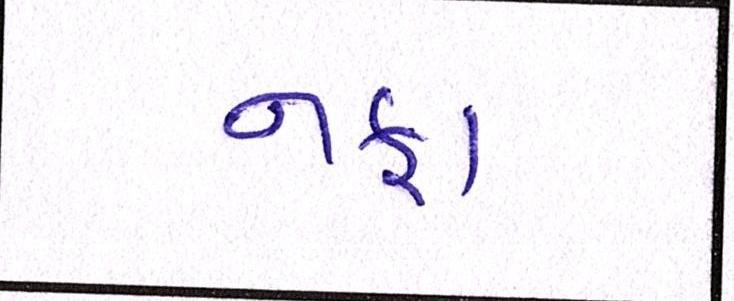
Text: નફા